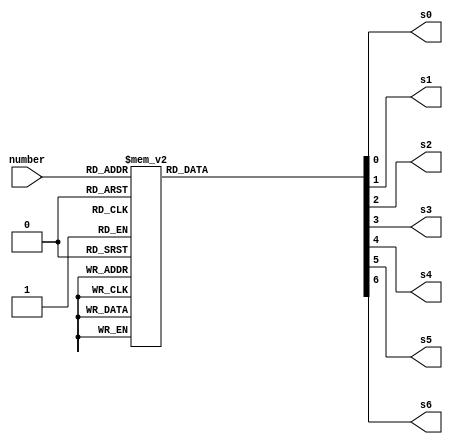
module hex2led(number, s0, s1, s2, s3, s4, s5, s6);
 output s0, s1, s2, s3, s4, s5, s6;
 input [3:0] number;
 reg s0, s1, s2, s3, s4, s5, s6;
 always @ (number)
 begin // BCD to 7-segment decoding
 case (number) // s0 - s6 are active low
 4'h0: begin s0=0; s1=0; s2=0; s3=0; s4=0; s5=0; s6=1; end
 4'h1: begin s0=1; s1=0; s2=0; s3=1; s4=1; s5=1; s6=1; end
 4'h2: begin s0=0; s1=0; s2=1; s3=0; s4=0; s5=1; s6=0; end
 4'h3: begin s0=0; s1=0; s2=0; s3=0; s4=1; s5=1; s6=0; end
 4'h4: begin s0=1; s1=0; s2=0; s3=1; s4=1; s5=0; s6=0; end
 4'h5: begin s0=0; s1=1; s2=0; s3=0; s4=1; s5=0; s6=0; end
 4'h6: begin s0=0; s1=1; s2=0; s3=0; s4=0; s5=0; s6=0; end
 4'h7: begin s0=0; s1=0; s2=0; s3=1; s4=1; s5=1; s6=1; end
 4'h8: begin s0=0; s1=0; s2=0; s3=0; s4=0; s5=0; s6=0; end
 4'h9: begin s0=0; s1=0; s2=0; s3=1; s4=1; s5=0; s6=0; end
 4'ha: begin s0=0; s1=0; s2=0; s3=0; s4=0; s5=1; s6=0; end
 4'hb: begin s0=1; s1=1; s2=0; s3=0; s4=0; s5=0; s6=0; end
 4'hc: begin s0=1; s1=1; s2=1; s3=0; s4=0; s5=1; s6=0; end
 4'hd: begin s0=1; s1=0; s2=0; s3=0; s4=0; s5=1; s6=0; end
 4'he: begin s0=0; s1=0; s2=1; s3=0; s4=0; s5=0; s6=0; end
 4'hf: begin s0=0; s1=1; s2=1; s3=1; s4=0; s5=0; s6=0; end
 default: begin s0=1; s1=1; s2=1; s3=1; s4=1; s5=1; s6=1; end
 endcase
 end
endmodule